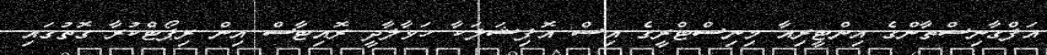
އަފްގާނިސްތާންގެ އިންޓީރިއާ މިނިސްޓްރީގެ އިސް އޮފިޝަލަކާ ހަވާލާދީ ރޮއިޓާސް އިން ރިޕޯޓްކުރާ ގޮތުގައި